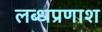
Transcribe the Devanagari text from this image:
लब्धप्रणाश